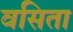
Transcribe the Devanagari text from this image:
वसिता